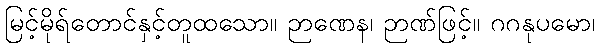
မြင့်မိုရ်တောင်နှင့်တူထသော။ ဉာဏေန၊ ဉာဏ်ဖြင့်။ ဂဂနုပမော၊